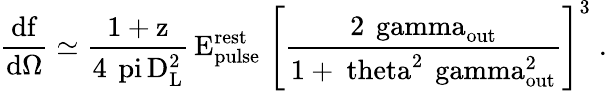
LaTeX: \mathrm{{\frac{df}{d\Omega}}\simeq{\frac{1+z}{4\, \ pi\, D_{L}^{2}}}\, {E_{pulse}^{rest}}\; \left[{\frac{2\, \ gamma_{out}}{1+\ theta^{2}\, \ gamma_{out}^{2}}}\right]^{3}\; .}